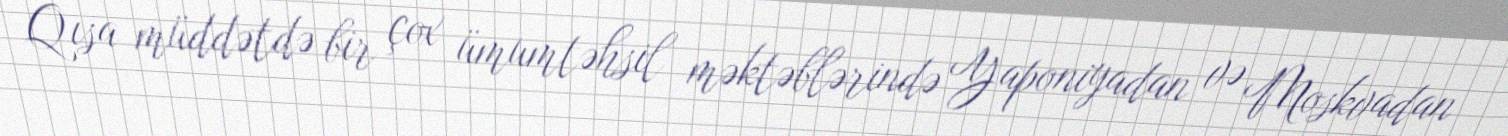
Qısa müddətdə bir çox ümumtəhsil məktəblərində Yaponiyadan və Moskvadan